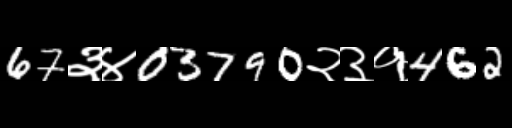
Text: 67३४03790२३१462